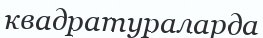
квадратураларда